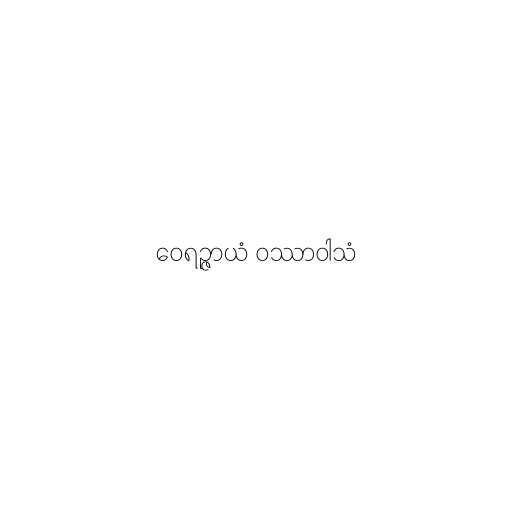
ဝေရဉ္ဇာယံ ဝဿာဝါသံ